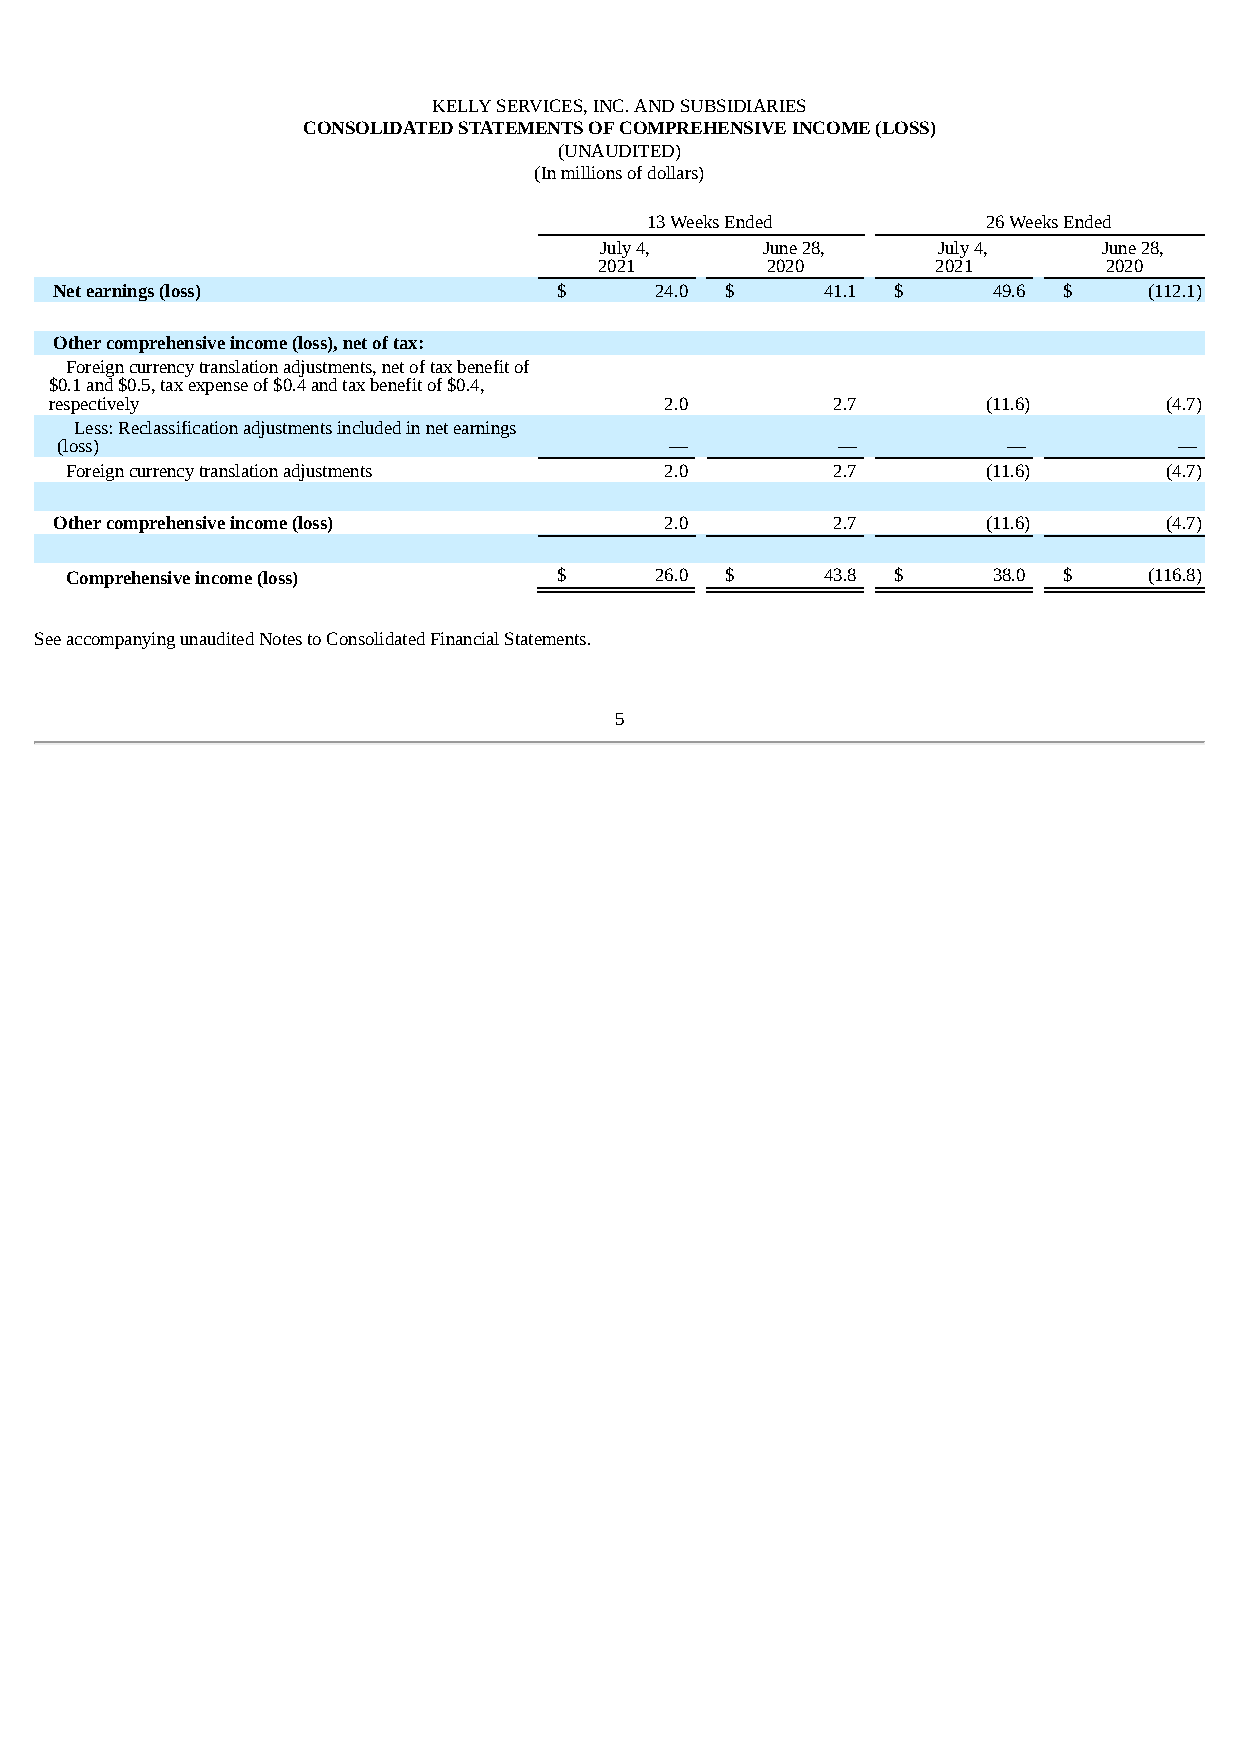
KELLY SERVICES, INC. AND SUBSIDIARIES
 CONSOLIDATED STATEMENTS OF COMPREHENSIVE INCOME (LOSS)
 (UNAUDITED)
 (In millions of dollars)
 13 Weeks Ended        26 Weeks Ended
 July 4,   June 28,    July 4,    June 28,
 2021       2020       2021       2020
 Net earnings (loss)              $     24.0 $      41.1 $     49.6 $    (112.1)
 Other comprehensive income (loss), net of tax:
 Foreign currency translation adjustments, net of tax benefit of
 $0.1 and $0.5, tax expense of $0.4 and tax benefit of $0.4,
 respectively                             2.0        2.7       (11.6)      (4.7)
 Less: Reclassification adjustments included in net earnings
 (loss)                                  —          —           —          —
 Foreign currency translation adjustments 2.0       2.7       (11.6)      (4.7)
 Other comprehensive income (loss)       2.0        2.7       (11.6)      (4.7)
 Comprehensive income (loss)      $     26.0 $      43.8 $     38.0 $    (116.8)
 See accompanying unaudited Notes to Consolidated Financial Statements.
 5